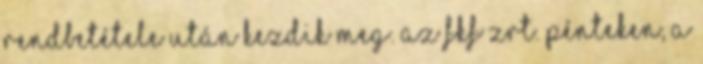
rendbetétele után kezdik meg. Az FKF Zrt. pénteken, a